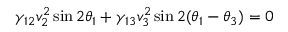
\gamma _ { 1 2 } v _ { 2 } ^ { 2 } \sin 2 \theta _ { 1 } + \gamma _ { 1 3 } v _ { 3 } ^ { 2 } \sin 2 ( \theta _ { 1 } - \theta _ { 3 } ) = 0